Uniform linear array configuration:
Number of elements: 8
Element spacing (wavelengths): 1
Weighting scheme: blackman
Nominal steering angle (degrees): -45
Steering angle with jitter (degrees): -46.895
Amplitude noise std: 0.05
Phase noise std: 0.05

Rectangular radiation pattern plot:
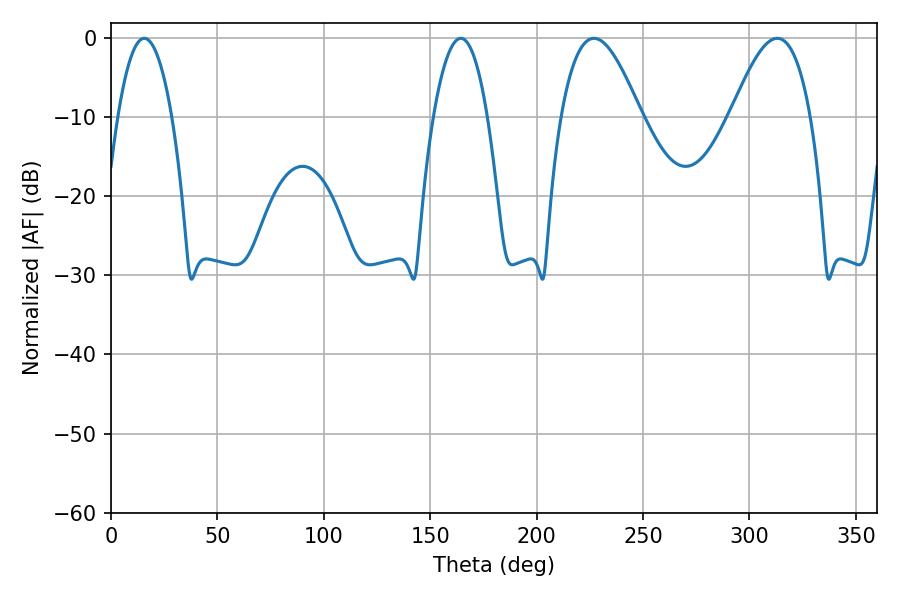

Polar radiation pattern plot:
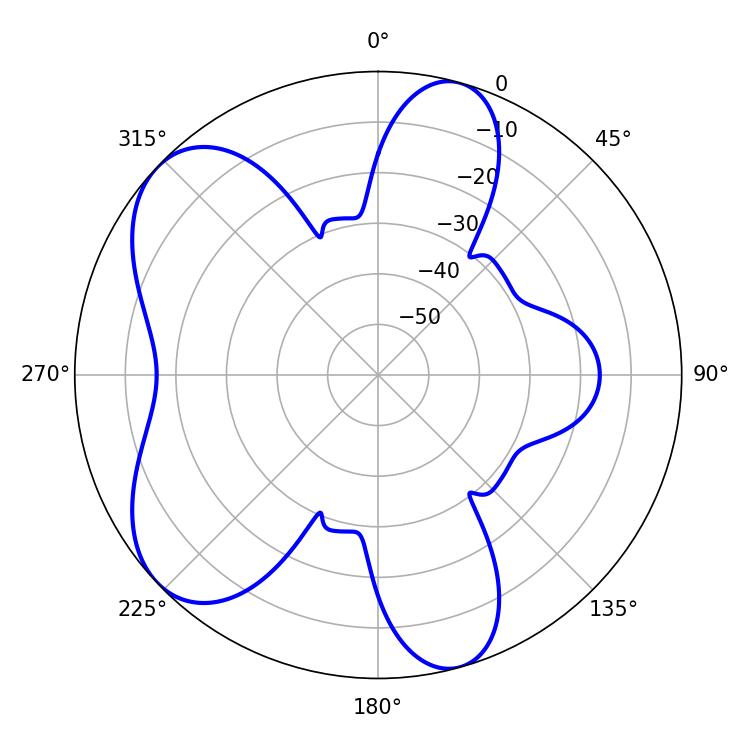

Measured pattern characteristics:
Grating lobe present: TRUE
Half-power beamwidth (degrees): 14.04
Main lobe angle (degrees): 15.66